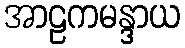
အာဠကမန္ဒာယ